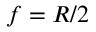
f = R / 2